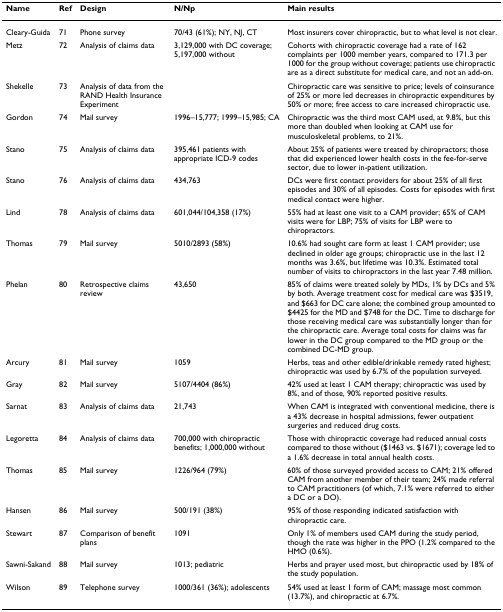
<table><thead><tr><td><b>Name</b></td><td><b>Ref</b></td><td><b>Design</b></td><td><b>N/Np</b></td><td><b>Main results</b></td></tr></thead><tbody><tr><td>Cleary-Guida</td><td>71</td><td>Phone survey</td><td>70/43 (61%); NY, NJ, CT</td><td>Most insurers cover chiropractic, but to what level is not clear.</td></tr><tr><td>Metz</td><td>72</td><td>Analysis of claims data</td><td>3,129,000 with DC coverage; 5,197,000 without</td><td>Cohorts with chiropractic coverage had a rate of 162 complaints per 1000 member years, compared to 171.3 per 1000 for the group without coverage; patients use chiropractic are as a direct substitute for medical care, and not an add-on.</td></tr><tr><td>Shekelle</td><td>73</td><td>Analysis of data from the RAND Health Insurance Experiment</td><td></td><td>Chiropractic care was sensitive to price; levels of coinsurance of 25% or more led decreases in chiropractic expenditures by 50% or more; free access to care increased chiropractic use.</td></tr><tr><td>Gordon</td><td>74</td><td>Mail survey</td><td>1996–15,777; 1999–15,985; CA</td><td>Chiropractic was the third most CAM used, at 9.8%, but this more than doubled when looking at CAM use for musculoskeletal problems, to 21%.</td></tr><tr><td>Stano</td><td>75</td><td>Analysis of claims data</td><td>395,461 patients with appropriate ICD-9 codes</td><td>About 25% of patients were treated by chiropractors; those that did experienced lower health costs in the fee-for-serve sector, due to lower in-patient utilization.</td></tr><tr><td>Stano</td><td>76</td><td>Analysis of claims data</td><td>434,763</td><td>DCs were first contact providers for about 25% of all first episodes and 30% of all episodes. Costs for episodes with first medical contact were higher.</td></tr><tr><td>Lind</td><td>78</td><td>Analysis of claims data</td><td>601,044/104,358 (17%)</td><td>55% had at least one visit to a CAM provider; 65% of CAM visits were for LBP; 75% of visits for LBP were to chiropractors.</td></tr><tr><td>Thomas</td><td>79</td><td>Mail survey</td><td>5010/2893 (58%)</td><td>10.6% had sought care form at least 1 CAM provider; use declined in older age groups; chiropractic use in the last 12 months was 3.6%, but lifetime was 10.3%. Estimated total number of visits to chiropractors in the last year 7.48 million.</td></tr><tr><td>Phelan</td><td>80</td><td>Retrospective claims review</td><td>43,650</td><td>85% of claims were treated solely by MDs, 1% by DCs and 5% by both. Average treatment cost for medical care was $3519, and $663 for DC care alone; the combined group amounted to $4425 for the MD and $748 for the DC. Time to discharge for those receiving medical care was substantially longer than for the chiropractic care. Average total costs for claims was far lower in the DC group compared to the MD group or the combined DC-MD group.</td></tr><tr><td>Arcury</td><td>81</td><td>Mail survey</td><td>1059</td><td>Herbs, teas and other edible/drinkable remedy rated highest; chiropractic was used by 6.7% of the population surveyed.</td></tr><tr><td>Gray</td><td>82</td><td>Mail survey</td><td>5107/4404 (86%)</td><td>42% used at least 1 CAM therapy; chiropractic was used by 8%, and of those, 90% reported positive results.</td></tr><tr><td>Sarnat</td><td>83</td><td>Analysis of claims data</td><td>21,743</td><td>When CAM is integrated with conventional medicine, there is a 43% decrease in hospital admissions, fewer outpatient surgeries and reduced drug costs.</td></tr><tr><td>Legoretta</td><td>84</td><td>Analysis of claims data</td><td>700,000 with chiropractic benefits; 1,000,000 without</td><td>Those with chiropractic coverage had reduced annual costs compared to those without ($1463 vs. $1671); coverage led to a 1.6% decrease in total annual health costs.</td></tr><tr><td>Thomas</td><td>85</td><td>Mail survey</td><td>1226/964 (79%)</td><td>60% of those surveyed provided access to CAM; 21% offered CAM from another member of their team; 24% made referral to CAM practitioners (of which, 7.1% were referred to either a DC or a DO).</td></tr><tr><td>Hansen</td><td>86</td><td>Mail survey</td><td>500/191 (38%)</td><td>95% of those responding indicated satisfaction with chiropractic care.</td></tr><tr><td>Stewart</td><td>87</td><td>Comparison of benefit plans</td><td>1091</td><td>Only 1% of members used CAM during the study period, though the rate was higher in the PPO (1.2% compared to the HMO (0.6%).</td></tr><tr><td>Sawni-Sakand</td><td>88</td><td>Mail survey</td><td>1013; pediatric</td><td>Herbs and prayer used most, but chiropractic used by 18% of the study population.</td></tr><tr><td>Wilson</td><td>89</td><td>Telephone survey</td><td>1000/361 (36%); adolescents</td><td>54% used at least 1 form of CAM; massage most common (13.7%), and chiropractic at 6.7%.</td></tr></tbody></table>